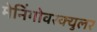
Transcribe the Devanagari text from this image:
मेनिंगोवस्क्युलर